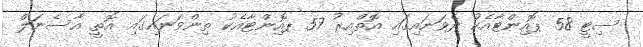
ސިޓީ 58 ޕޮއިންޓާއެކު ދެވަނައިގައި އޮތްއިރު 57 ޕޮއިންޓާއެކު ތިންވަނައިގައި އޮތީ އާސެނަލް